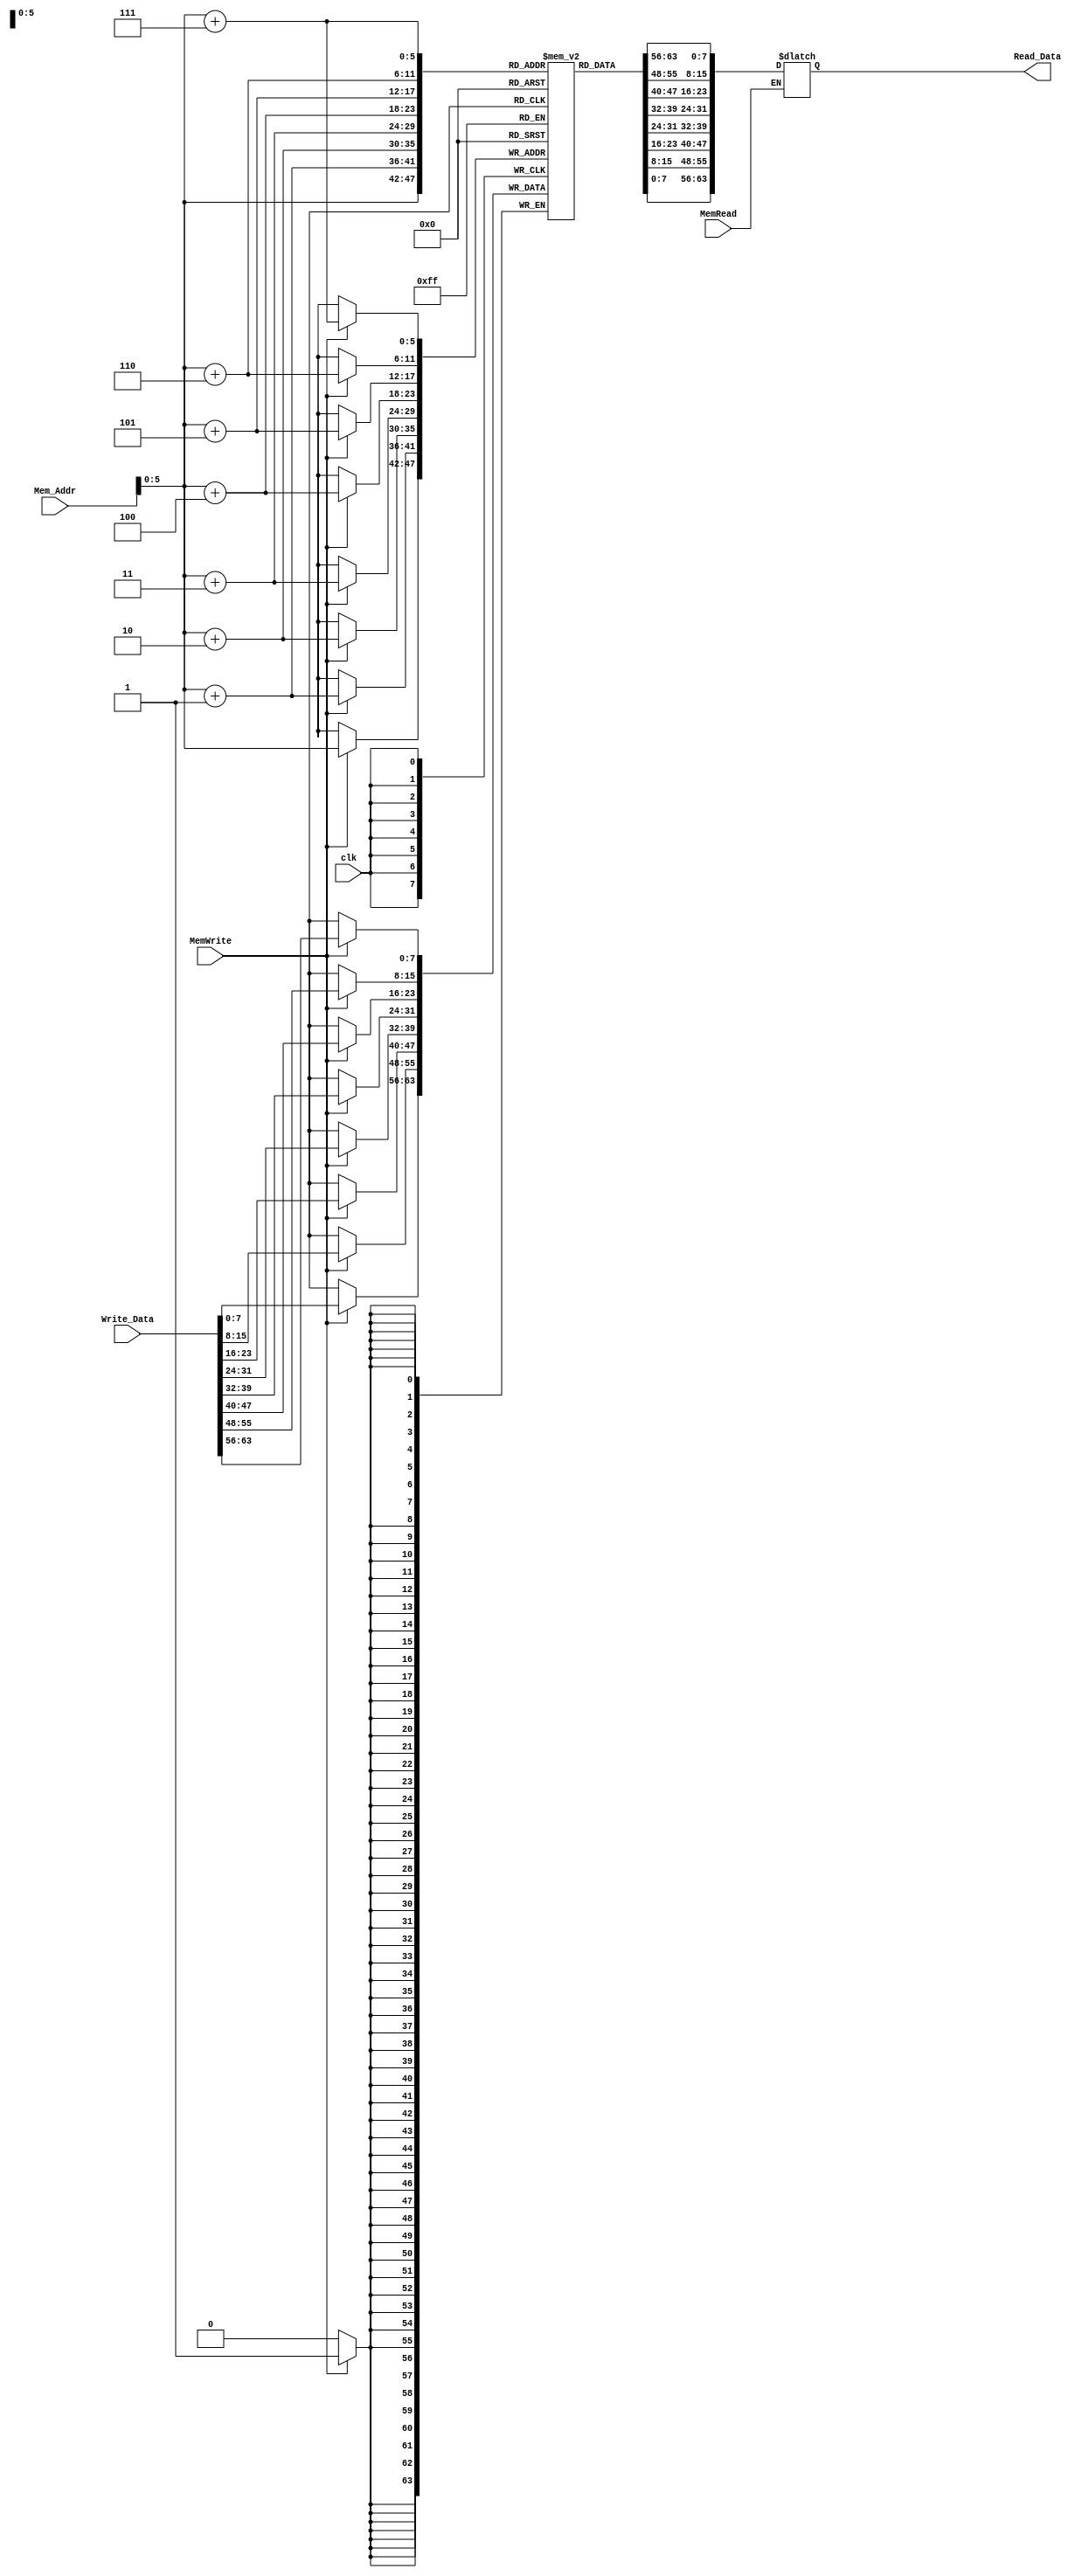
module Data_Memory(
	input [63:0] Mem_Addr, 
	input [63:0] Write_Data, 
	input clk, 
	input MemWrite, 
	input MemRead,
	output reg [63:0] Read_Data
	); 
	reg [7:0] DataMemory [63:0] ; 
	initial 
	begin 
	DataMemory[0] = 8'd0; 
	DataMemory[1] = 8'd0;
	DataMemory[2] = 8'd0;
	DataMemory[3] = 8'd0;
	DataMemory[4] = 8'd0;  
	DataMemory[5] = 8'd1;
	DataMemory[6] = 8'd0;
	DataMemory[7] = 8'd0;
	DataMemory[8] = 8'd0; 
	DataMemory[9] = 8'd0;
	DataMemory[10] = 8'd0;
	DataMemory[11] = 8'd0;
	DataMemory[12] = 8'd0; 
	DataMemory[13] = 8'd0;
	DataMemory[14] = 8'd0;
	DataMemory[15] = 8'd0;
	DataMemory[16] = 8'd0;
	DataMemory[17] = 8'd0;
	DataMemory[18] = 8'd0;
	DataMemory[19] = 8'd0;
	DataMemory[20] = 8'd3; // next 
	DataMemory[21] = 8'd0;
	DataMemory[22] = 8'd0;
	DataMemory[23] = 8'd0;
	DataMemory[24] = 8'd0;
	DataMemory[25] = 8'd0;
	DataMemory[26] = 8'd0;
	DataMemory[27] = 8'd0;
	DataMemory[28] = 8'd4; // next element
	DataMemory[29] = 8'd0;
	DataMemory[30] = 8'd0;
	DataMemory[31] = 8'd0;
	DataMemory[32] = 8'd0;
	DataMemory[33] = 8'd0;
	DataMemory[34] = 8'd0;
	DataMemory[35] = 8'd0;
	DataMemory[36] = 8'd5; // next element 
	DataMemory[37] = 8'd0;
	DataMemory[38] = 8'd0;
	DataMemory[39] = 8'd0;
	DataMemory[40] = 8'd0;
	DataMemory[41] = 8'd0;
	DataMemory[42] = 8'd0;
	DataMemory[43] = 8'd0;
	DataMemory[44] = 8'd0;
	DataMemory[45] = 8'd0;
	DataMemory[46] = 8'd0;
	DataMemory[47] = 8'd0;
	DataMemory[48] = 8'd0;
	DataMemory[49] = 8'd0;
	DataMemory[50] = 8'd0;
	DataMemory[51] = 8'd0;
	DataMemory[52] = 8'd0;
	DataMemory[53] = 8'd0;
	DataMemory[54] = 8'd0;
	DataMemory[55] = 8'd0;
	DataMemory[56] = 8'd0;
	DataMemory[57] = 8'd0;
	DataMemory[58] = 8'd0;
	DataMemory[59] = 8'd0;
	DataMemory[60] = 8'd0;
	DataMemory[61] = 8'd0;
	DataMemory[62] = 8'd0;
	DataMemory[63] = 8'd0;
	end 
	
	always @(posedge clk) // Write only at posedge
	begin 
		case(MemWrite) // when it is high : writing 
		1'b1 : 	
		begin 
		DataMemory[Mem_Addr + 7] <= Write_Data[63:56];
		DataMemory[Mem_Addr + 6] <= Write_Data[55:48];
		DataMemory[Mem_Addr + 5] <= Write_Data[47:40];
		DataMemory[Mem_Addr + 4] <= Write_Data[39:32];
		DataMemory[Mem_Addr + 3] <= Write_Data[31:24]; 
		DataMemory[Mem_Addr + 2] <= Write_Data[23:16];
		DataMemory[Mem_Addr + 1] <= Write_Data[15:8];
		DataMemory[Mem_Addr] <= Write_Data[7:0];
		end 
      endcase
	end 
	// reading can happen any time 
	always @(*) 
	begin 
	if (MemRead)
		begin 
	    Read_Data={DataMemory[Mem_Addr+7],DataMemory[Mem_Addr+6],DataMemory[Mem_Addr+5],DataMemory[Mem_Addr+4],DataMemory[Mem_Addr+3],DataMemory[Mem_Addr+2],DataMemory[Mem_Addr+1],DataMemory[Mem_Addr]}; 
		end 
	end 
	
endmodule